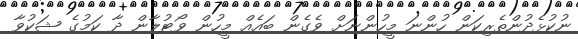
ނުކުޅެދުންތެރިކަން ހުންނަ މީހުންނަށް ވެގެން ބައެއް މީހުން ވޯޓުލާން ދާ ކަމުގެ ޝަކުވާ